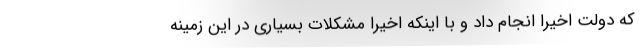
که دولت اخیراً انجام داد و با اینکه اخیراً مشکلات بسیاری در این زمینه